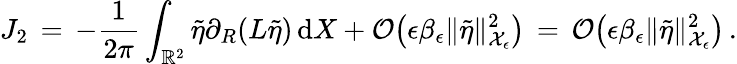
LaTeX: J_{2}\, =\, -\frac{1}{2\pi}\int_{\mathbb{R}^{2}}\tilde{\eta}\partial_{R}(L\tilde{\eta})\, \mathrm{d}X+\mathcal{O}\bigl(\epsilon\beta_{\epsilon}\| \tilde{\eta}\| _{\mathcal{X}_{\epsilon}}^{2}\bigr)\, =\, \mathcal{O}\bigl(\epsilon\beta_{\epsilon}\| \tilde{\eta}\| _{\mathcal{X}_{\epsilon}}^{2}\bigr)\, .